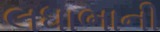
લધાભાની